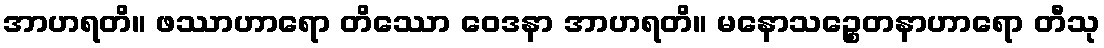
အာဟရတိ။ ဖဿာဟာရော တိဿော ဝေဒနာ အာဟရတိ။ မနောသဉ္စေတနာဟာရော တီသု